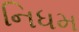
નિધમ